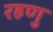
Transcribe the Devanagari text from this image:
रहणु